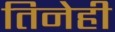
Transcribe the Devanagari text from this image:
तिनेही